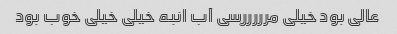
عالی بود خیلی مرررررسی آب انبه خیلی خیلی خوب بود